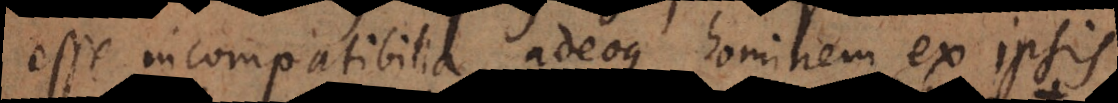
esse incompatibilia, adeoque hominem ex ipsis